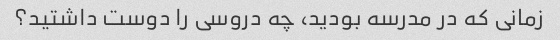
زمانی که در مدرسه بودید، چه دروسی را دوست داشتید؟